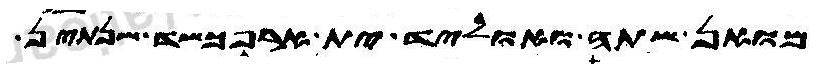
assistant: מואן שתה ואוליד ית ארפכשד שנתין